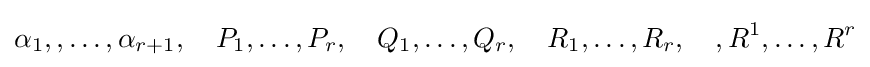
\alpha _{1},,\ldots ,\alpha _{r+1},\quad P_{1},\ldots ,P_{r},\quad Q_{1},\ldots ,Q_{r},\quad R_{1},\ldots ,R_{r},\quad ,R^{1},\ldots ,R^{r}